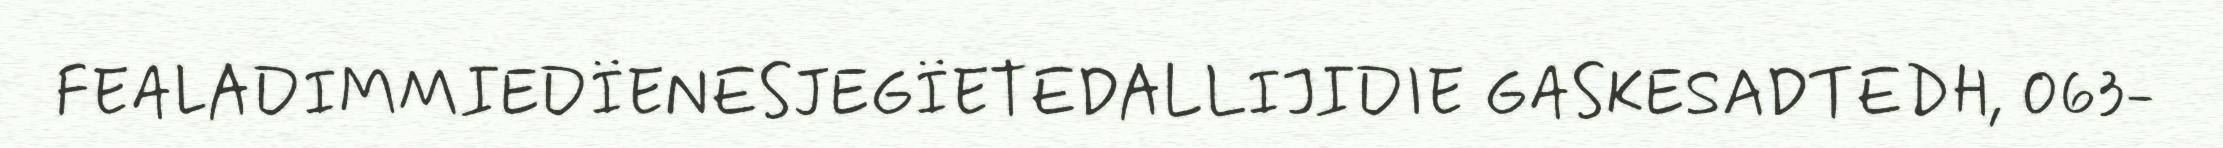
FEALADIMMIEDÏENESJEGÏETEDALLIJIDIE GASKESADTEDH, 063-